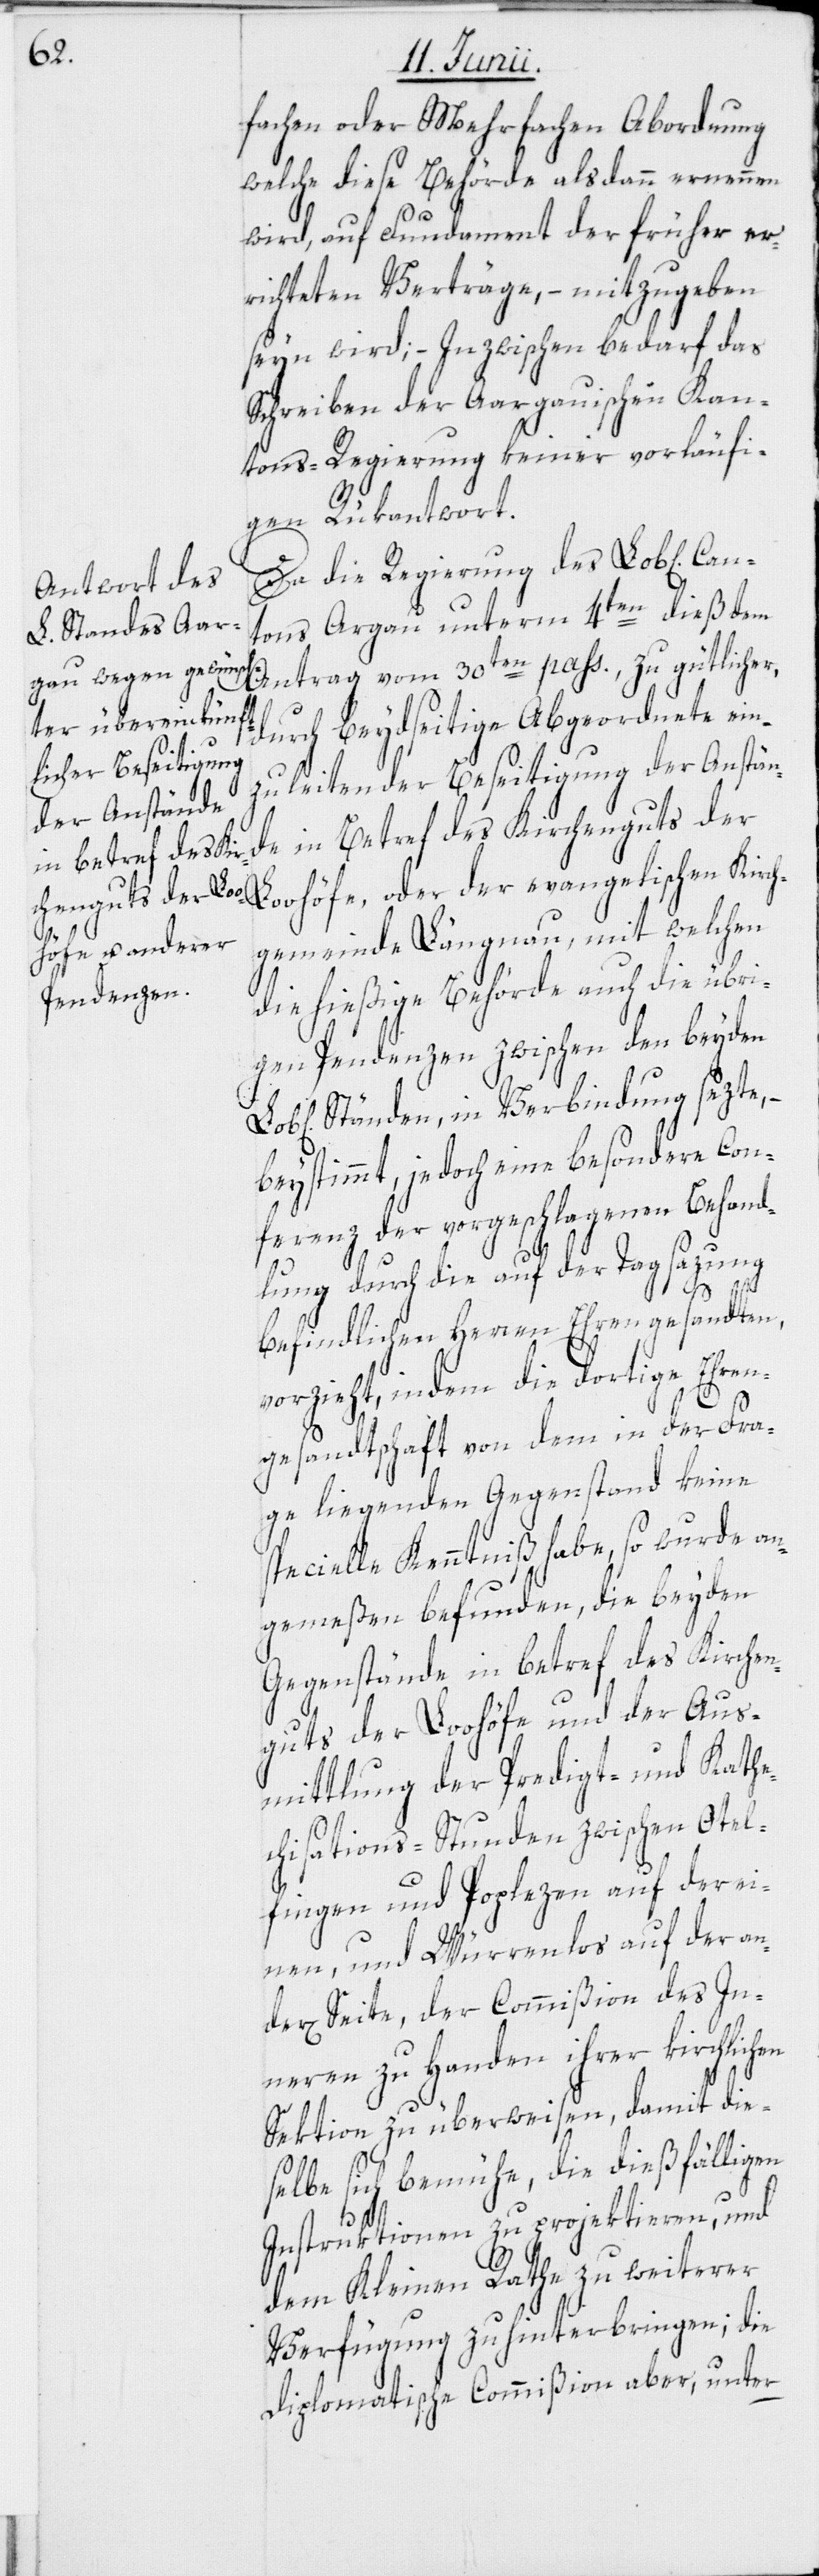
fachen oder Mehrfachen Abordnung
welche diese Behörde alsdann ernennen
Kir¬
wird, auf Fundament der früher er¬
richteten Verträge, – mitzugeben
seyn wird; – Inzwischen bedarf das
Schreiben der Aargauischen Kan¬
tons-Regierung keiner vorläufi¬
gen Rükantwort.
Da die Regierung des Lob[lichen]
tons Argau unterm 4ten dieß dem
Antrag vom 30ten pass., zu gütlicher,
durch beydseitige Abgeordnete ein¬
zuleitender Beseitigung der Anstän¬
ohöfe, oder der evangelischen Kirch¬
chenguts der Lo¬
gemeinde Längnau, mit welchen
die hießige Behörde auch die übri¬
gen Pendenzen zwischen den beyden
Ständen, in Verbindung sezte,
beystimmt, jedoch eine besondere Con¬
ferenz der vorgeschlagenen Behand¬
lung durch die auf der Tagsazung
befindlichen Herren Ehrengesandten,
vorzieht, indem die dortige Ehren¬
gesandtschaft von dem in der Fra¬
ge liegenden Gegenstand keine
specielle Kenntniß habe, so wurde an¬
gemeßen befunden, die beyden
Gegenstände in betref des Kirchen¬
guts der Loohöfe und der Aus¬
mittlung der Predigt- und Kathe¬
chisations-Stunden zwischen Otel¬
fingen und Poplezen auf der ei¬
nen, und Würrenlos auf der an¬
r[en] Seite, der Commißion des In¬
neren zu Handen ihrer kirchlichen
Sektion zu überweisen, damit die¬
selbe sich bemühe, die dießfälligen
de¬
Instruktionen zu projektieren, und
dem Kleinen Rathe zu weiterer
Verfügung zu hinterbringen; die
Diplomatische Commißion aber, unter